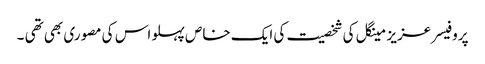
پروفیسر عزیز مینگل کی شخصیت کی ایک خاص پہلو اس کی مصوری بھی تھی ۔